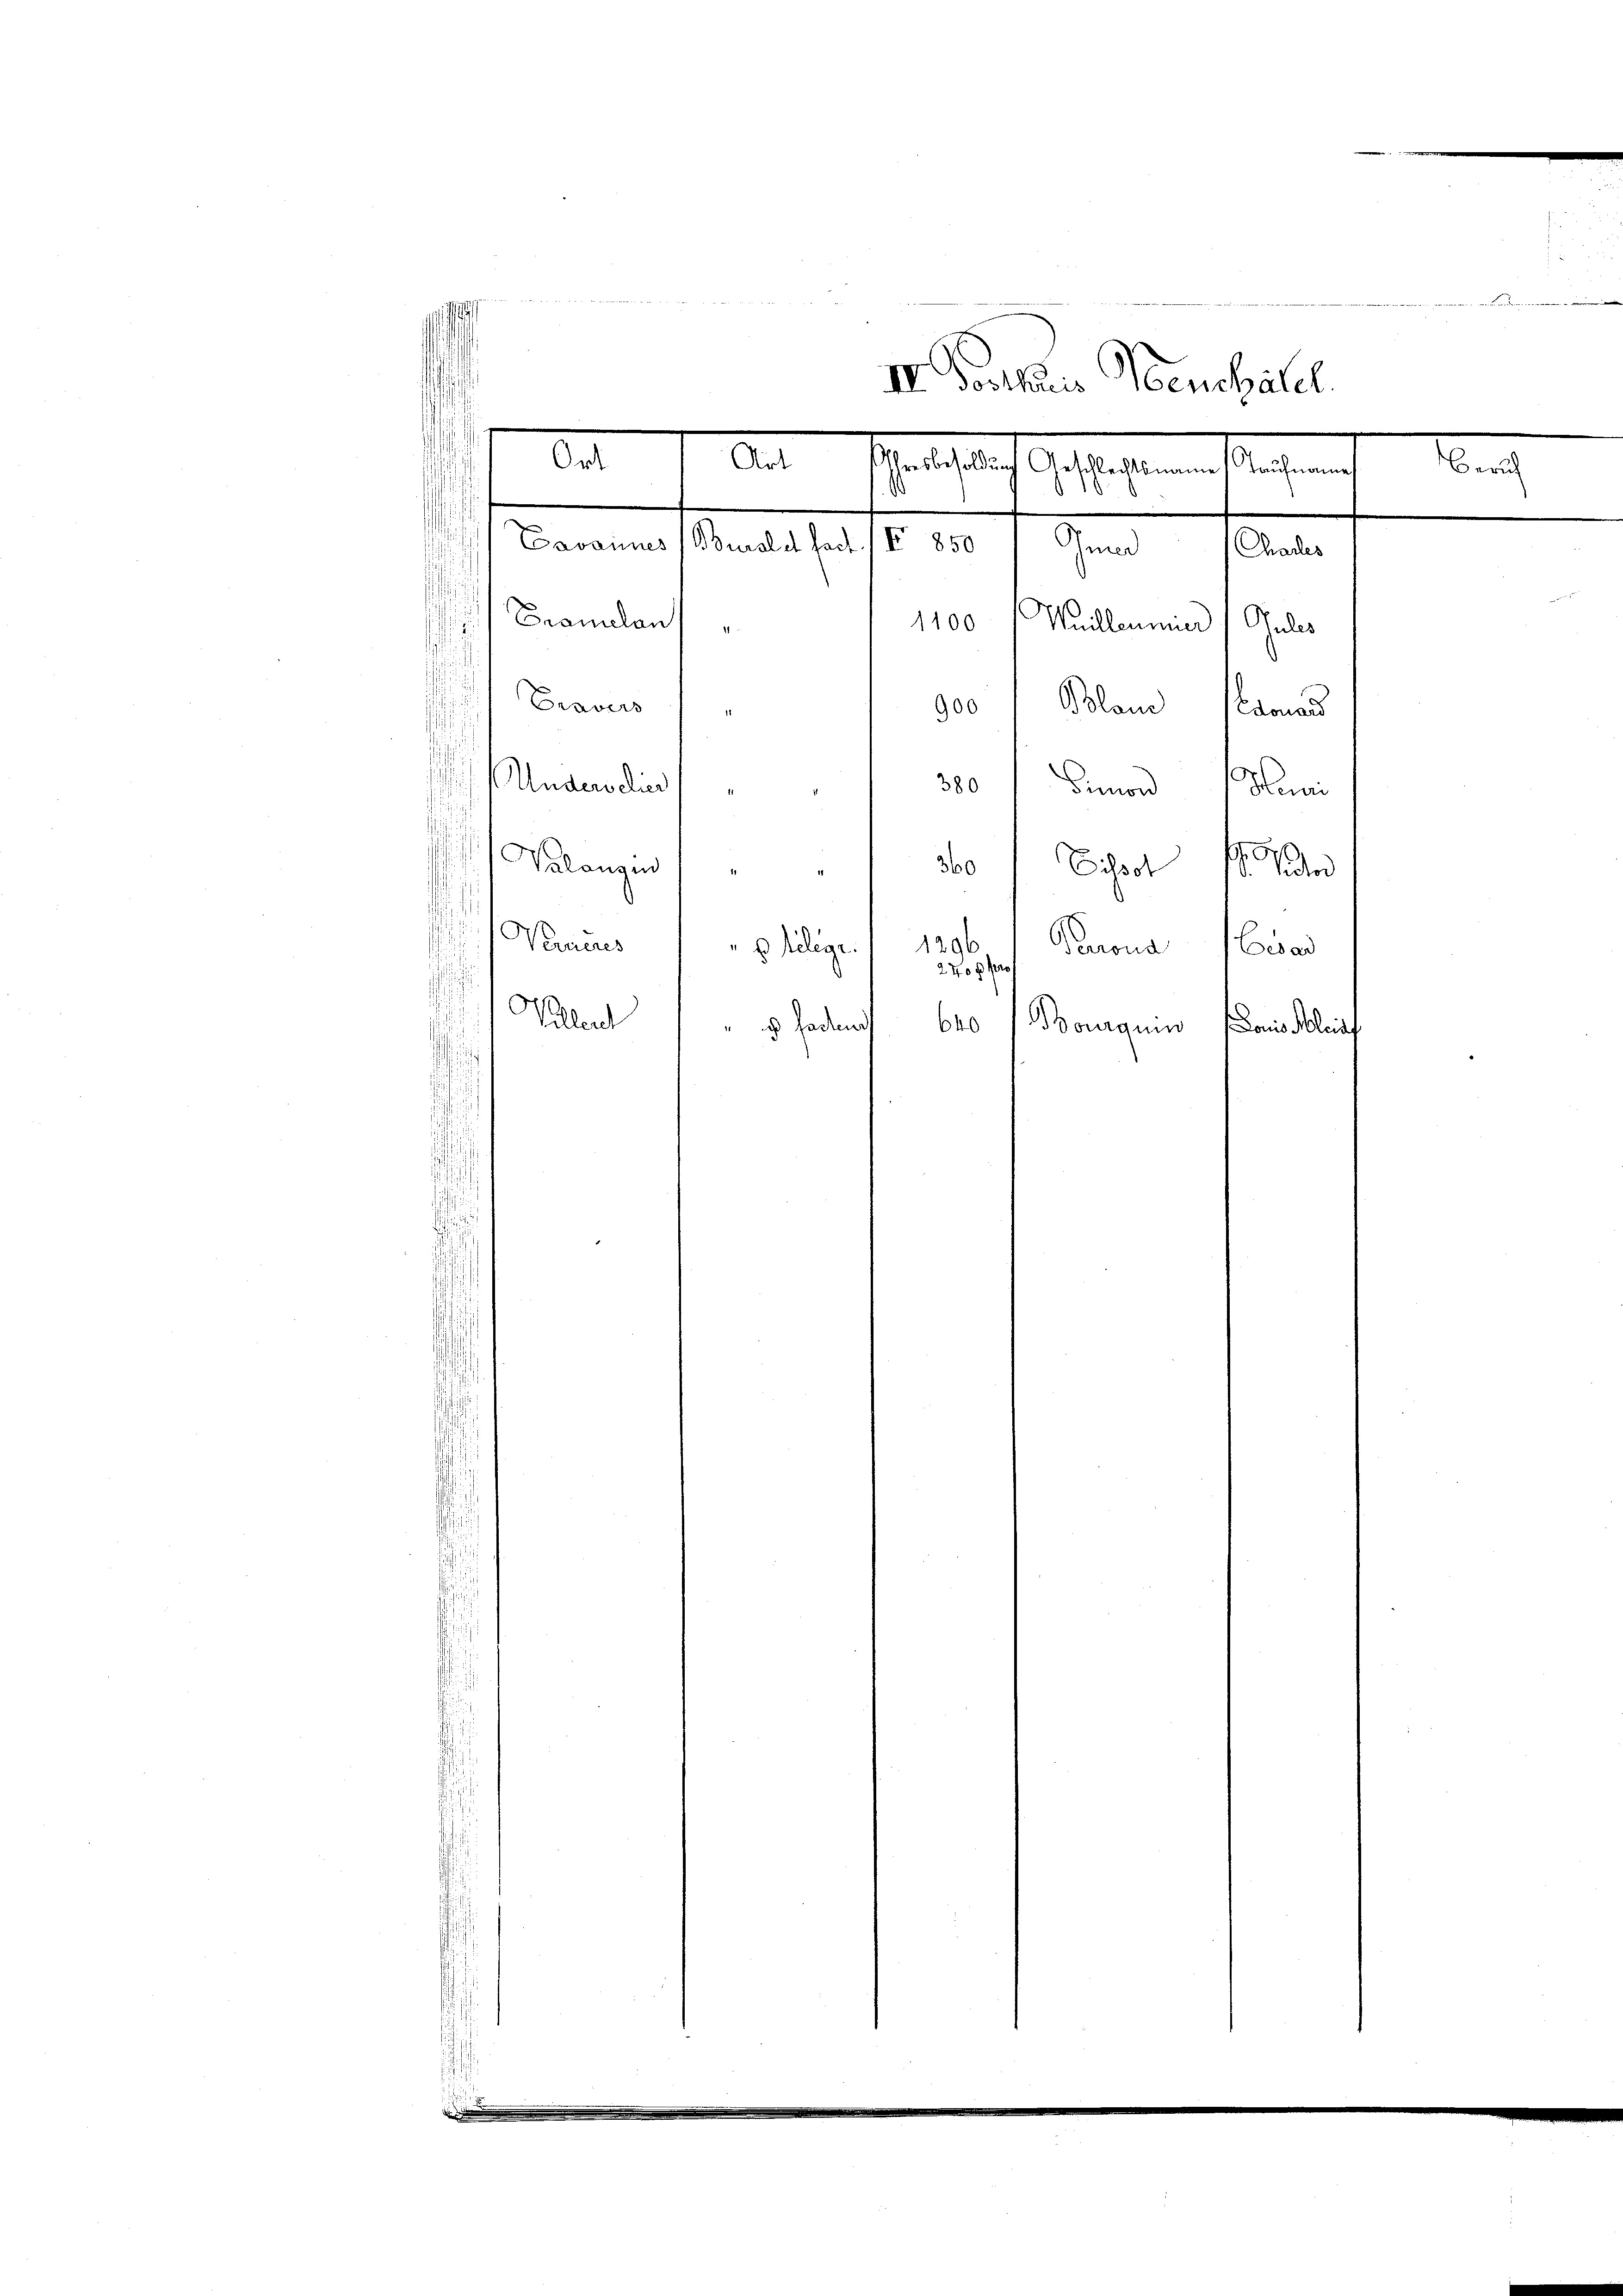
.
e
¬
¬
¬
.
i

.
s
s
alangen
Eissot f
360
u
g
2
¬
Verneres
1296
Ravna war
p telege.
2400 fr
Valler " " 5 Faden bro argun
onis leist

bi der

e

IV. Konkur Neuchatel.
Ort
eilt habe sich gestehenen Rechnung
An
a
Davannes (Berold fact. IV 850 / Inner Challes

Cramelan
1100 Meilleumier Pules
Praves
900 " Boloni donand
380
s. Anderselier
Simon Muni